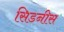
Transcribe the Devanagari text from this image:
सिडनीस